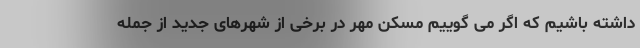
داشته باشیم که اگر می ‌گوییم مسکن مهر در برخی از شهرهای جدید از جمله